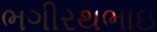
ભગીરથભાઇ